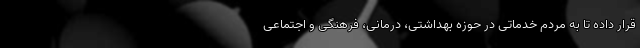
قرار داده تا به مردم خدماتی در حوزه بهداشتی، درمانی، فرهنگی و اجتماعی